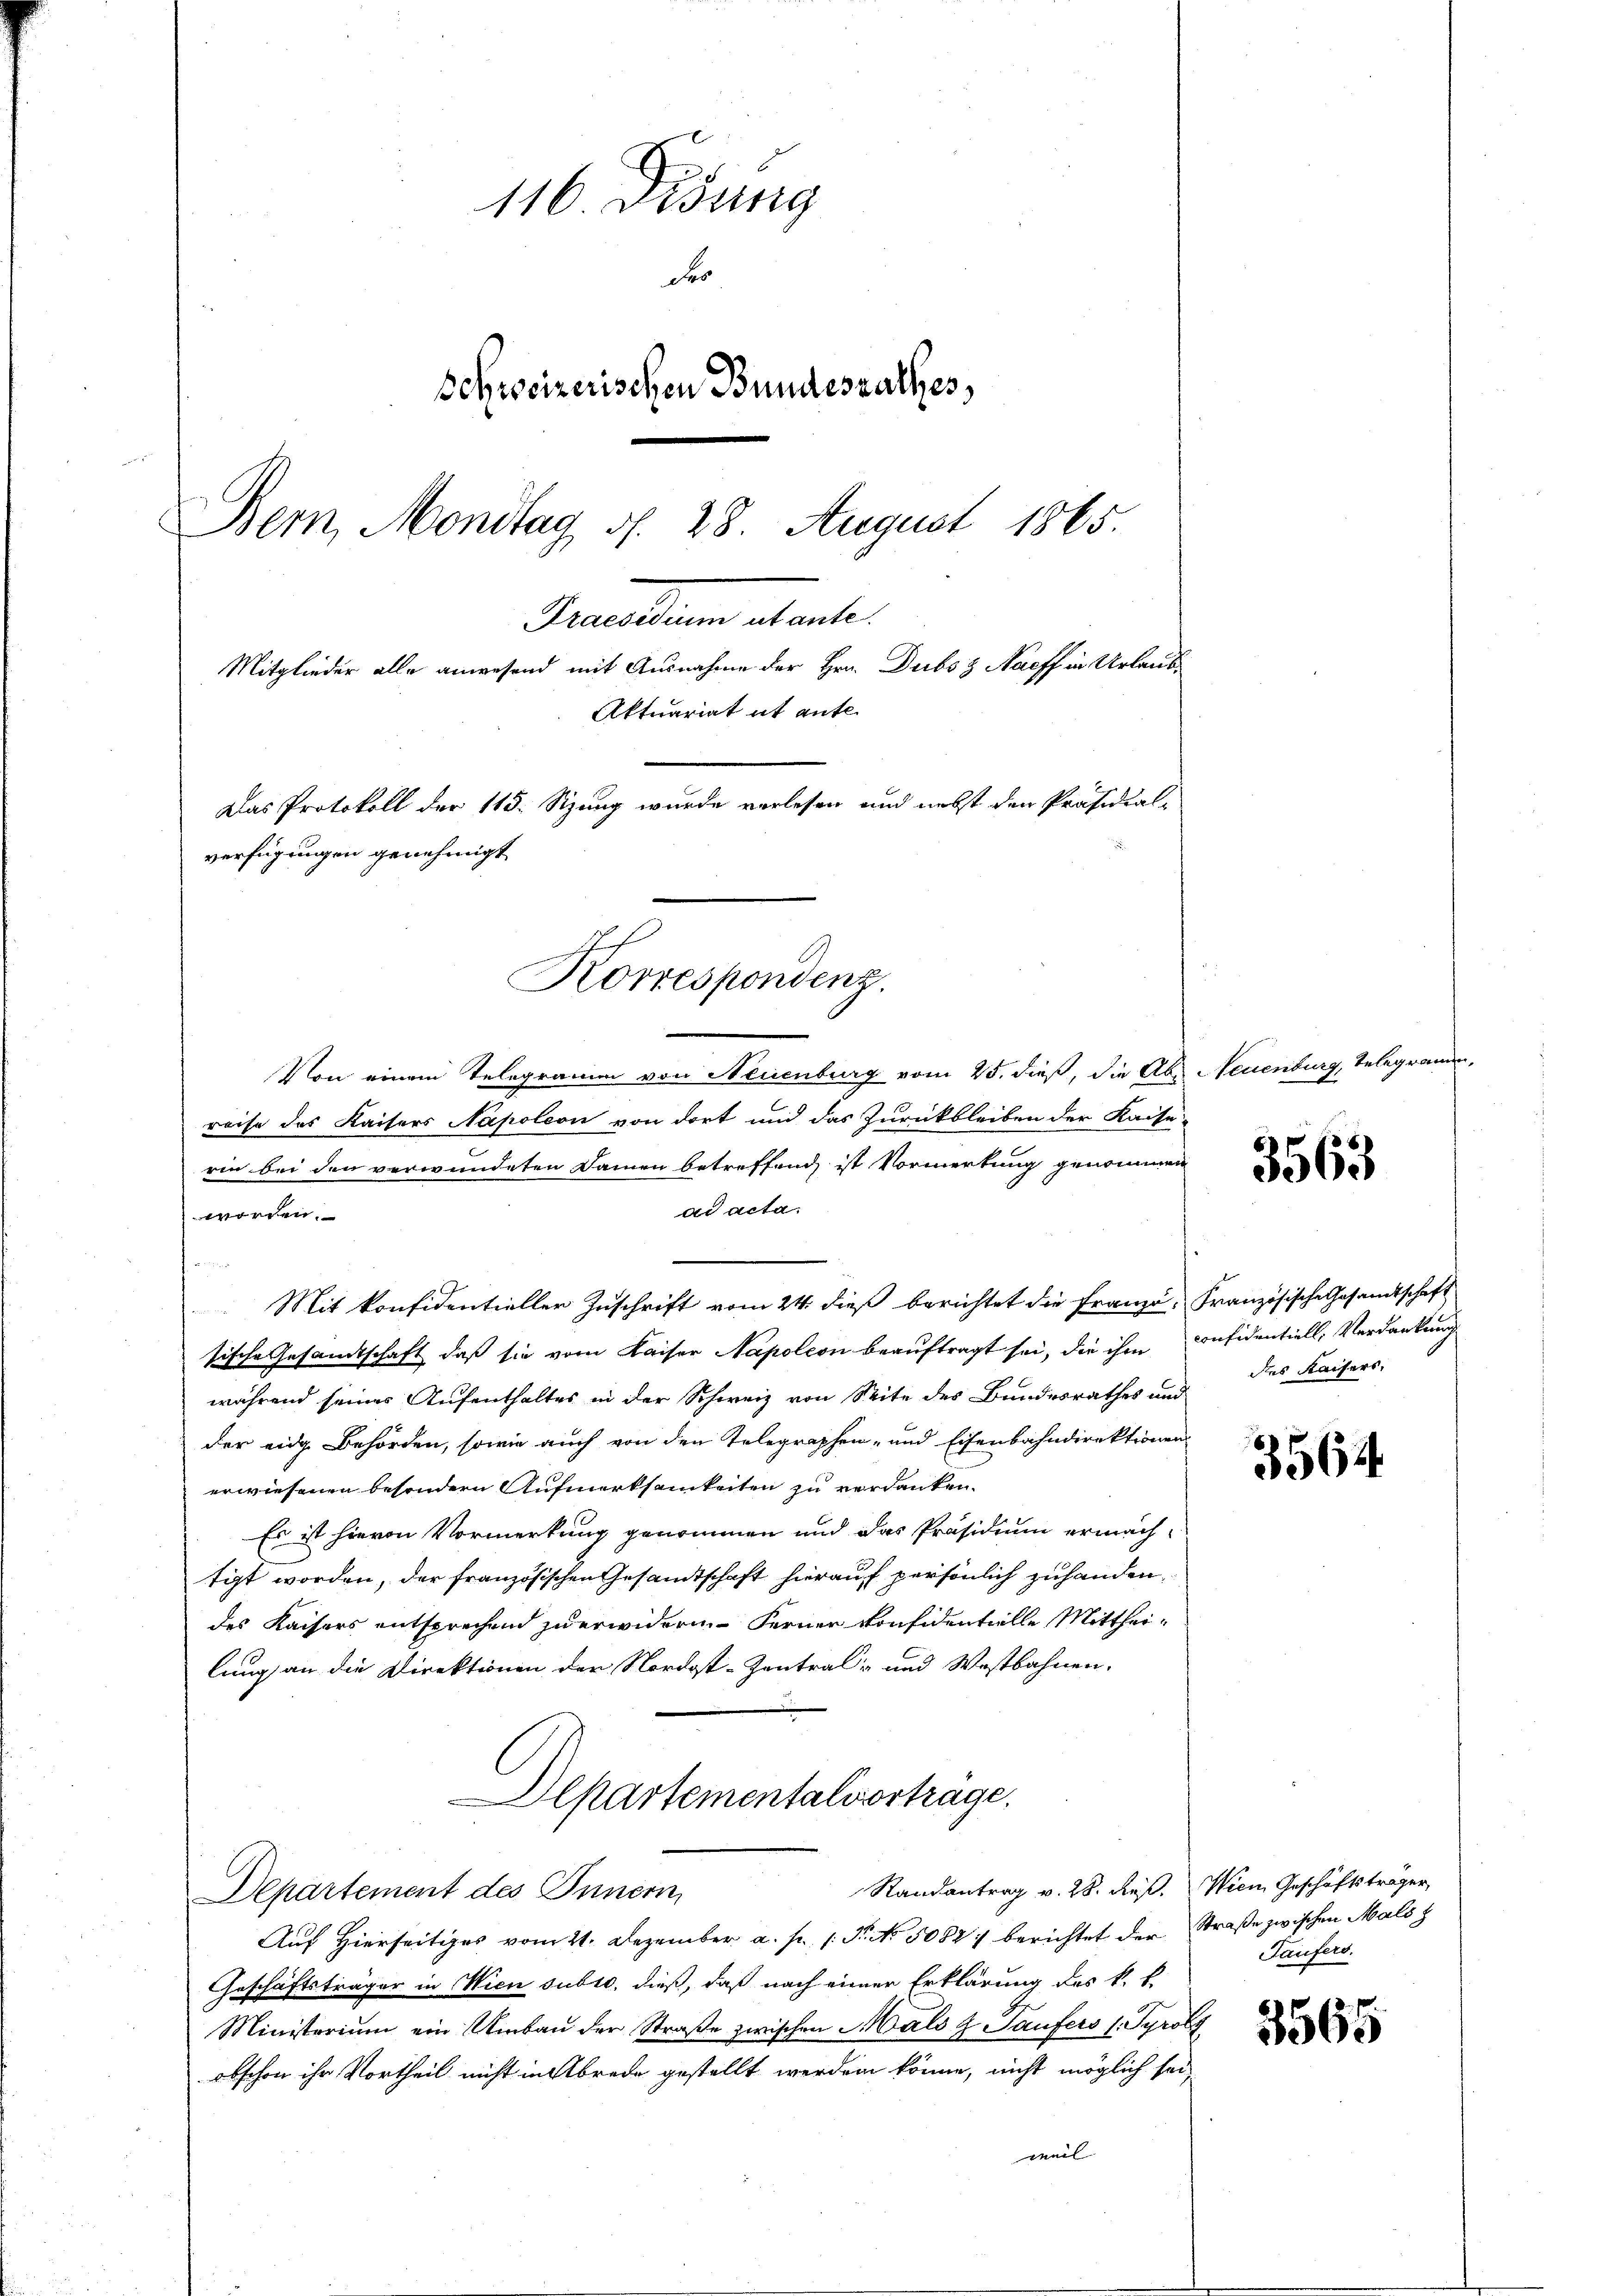
116 Disung
Bi
Schweizerischen Bundesrathes,
Bern, Mondtag d. 28. August 1865.
Fermitten abante
Mitglieder alle anwesend mit Ausnahme der Hrn. Dubs z Naeff in Urlaub¬
Aktuariat it ente.
Das Protokoll der 115. Sizung wurde verlesen und nebst den Präsidial-
verfügungen genehmigt

Von einem Telegramm von Neuenburg vom 25. dieß, die Aber Neuenburg, Telegramen,
reise des Kaisers Napoleon von dort und das Zurückbleiben der Kaise
rin bei den verwundeten Damen betreffend ist Vormerkung genommen
ad acta
worden.
n
Mit konfidentieller Zuschrift vom 24. dieß berichtet die Franzo, Französische Gesandtschaft
sische Gesandtschaft, daß sie vom Kaiser Napoleon beauftragt sei, die ihm confidentiell, Verdankung
während seiner Aufenthaltes in der Schweiz von Seite des Bundesrathes und
der eidge Behörden, sowie auch von den Telegraphen- und Eisenbahndirektionen
erwiesenen besondern Aufmerksamkeiten zu verdanken.
Es ist hievon Vormerkung genommen und das Präsidium ermäch-
tigt worden, der französischen Gesandtschaft hierauf persönlich zuhanden.
des Kaisers entsprechend zu erwidern Ferner konfidentielle Mittheilung an die Direktionen der Nordost-Zentral- und Westbahnen.
Departementalvortrage.
Randantrag v. 28. Res. Wien Geschäftsträger,
Departement des Innern,
Auf Hierseitiges vom 21. Dezember a. p. 1. P. No. 5082 berichtet der
Geschäftsträger in Wien subro, dieß, daß nach einer Erklärung des k. k.
Ministerium ein Umbau der Straße zwischen Mals & Taufers (Tyrolz
obschon ihr Vortheil nicht in Abrede gestellt werden könne, nicht möglich sei
weil

Korrespondenz.

8
5965

des Kaisers,

3564

Straße zwischen Mals z
Taufers.

3565.